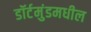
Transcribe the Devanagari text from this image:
डॉर्टमुंडमधील